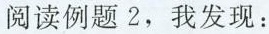
阅读例题 2，我发现：